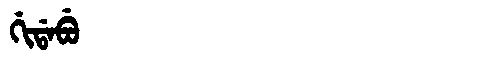
Manchu: ᡤᡳᡩᠠᠪᡠ
Romanization: GIDABU